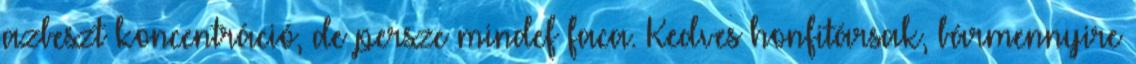
azbeszt koncentráció, de persze mindef faca. Kedves honfitársak, bármennyire